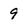
Character: 9